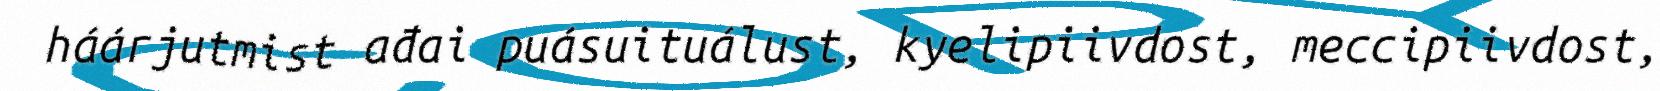
háárjutmist ađai puásuituálust, kyelipiivdost, meccipiivdost,